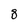
Character: 8